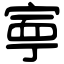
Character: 寕